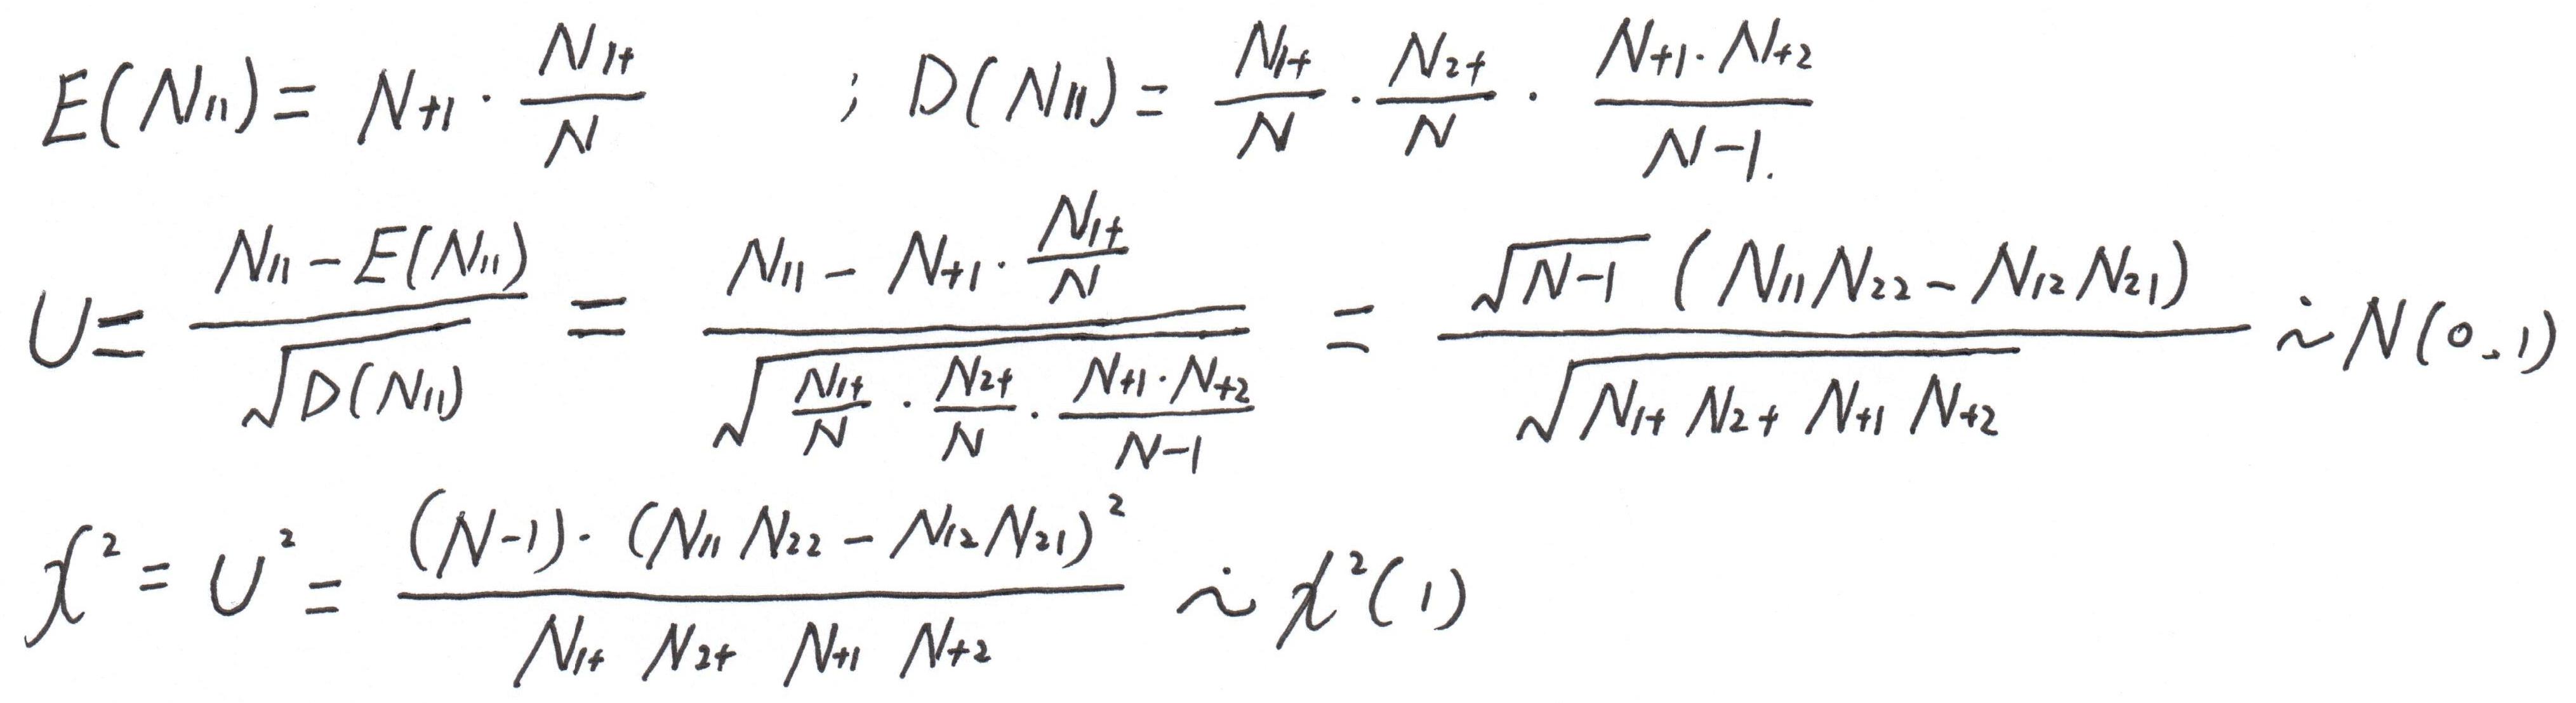
\[
\begin{align*}
E(N_{11})&=N_{+1}\cdot\frac{N_{1+}}{N};&D(N_{11})&=\frac{N_{1+}}{N}\cdot\frac{N_{2+}}{N}\cdot\frac{N_{+1}\cdot N_{+2}}{N - 1.}\\
U&=\frac{N_{11}-E(N_{11})}{\sqrt{D(N_{11})}}=\frac{N_{11}-N_{+1}\cdot\frac{N_{1+}}{N}}{\sqrt{\frac{N_{1+}}{N}\cdot\frac{N_{2+}}{N}\cdot\frac{N_{+1}\cdot N_{+2}}{N - 1}}}=\frac{\sqrt{N - 1}(N_{11}N_{22}-N_{12}N_{21})}{\sqrt{N_{1+}N_{2+}N_{+1}N_{+2}}}\sim N(0,1)\\
\chi^{2}&=U^{2}=\frac{(N - 1)\cdot(N_{11}N_{22}-N_{12}N_{21})^{2}}{N_{1+}N_{2+}N_{+1}N_{+2}}\sim\chi^{2}(1)
\end{align*}
\]